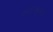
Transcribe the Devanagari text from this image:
साहित्यपुष्पचा